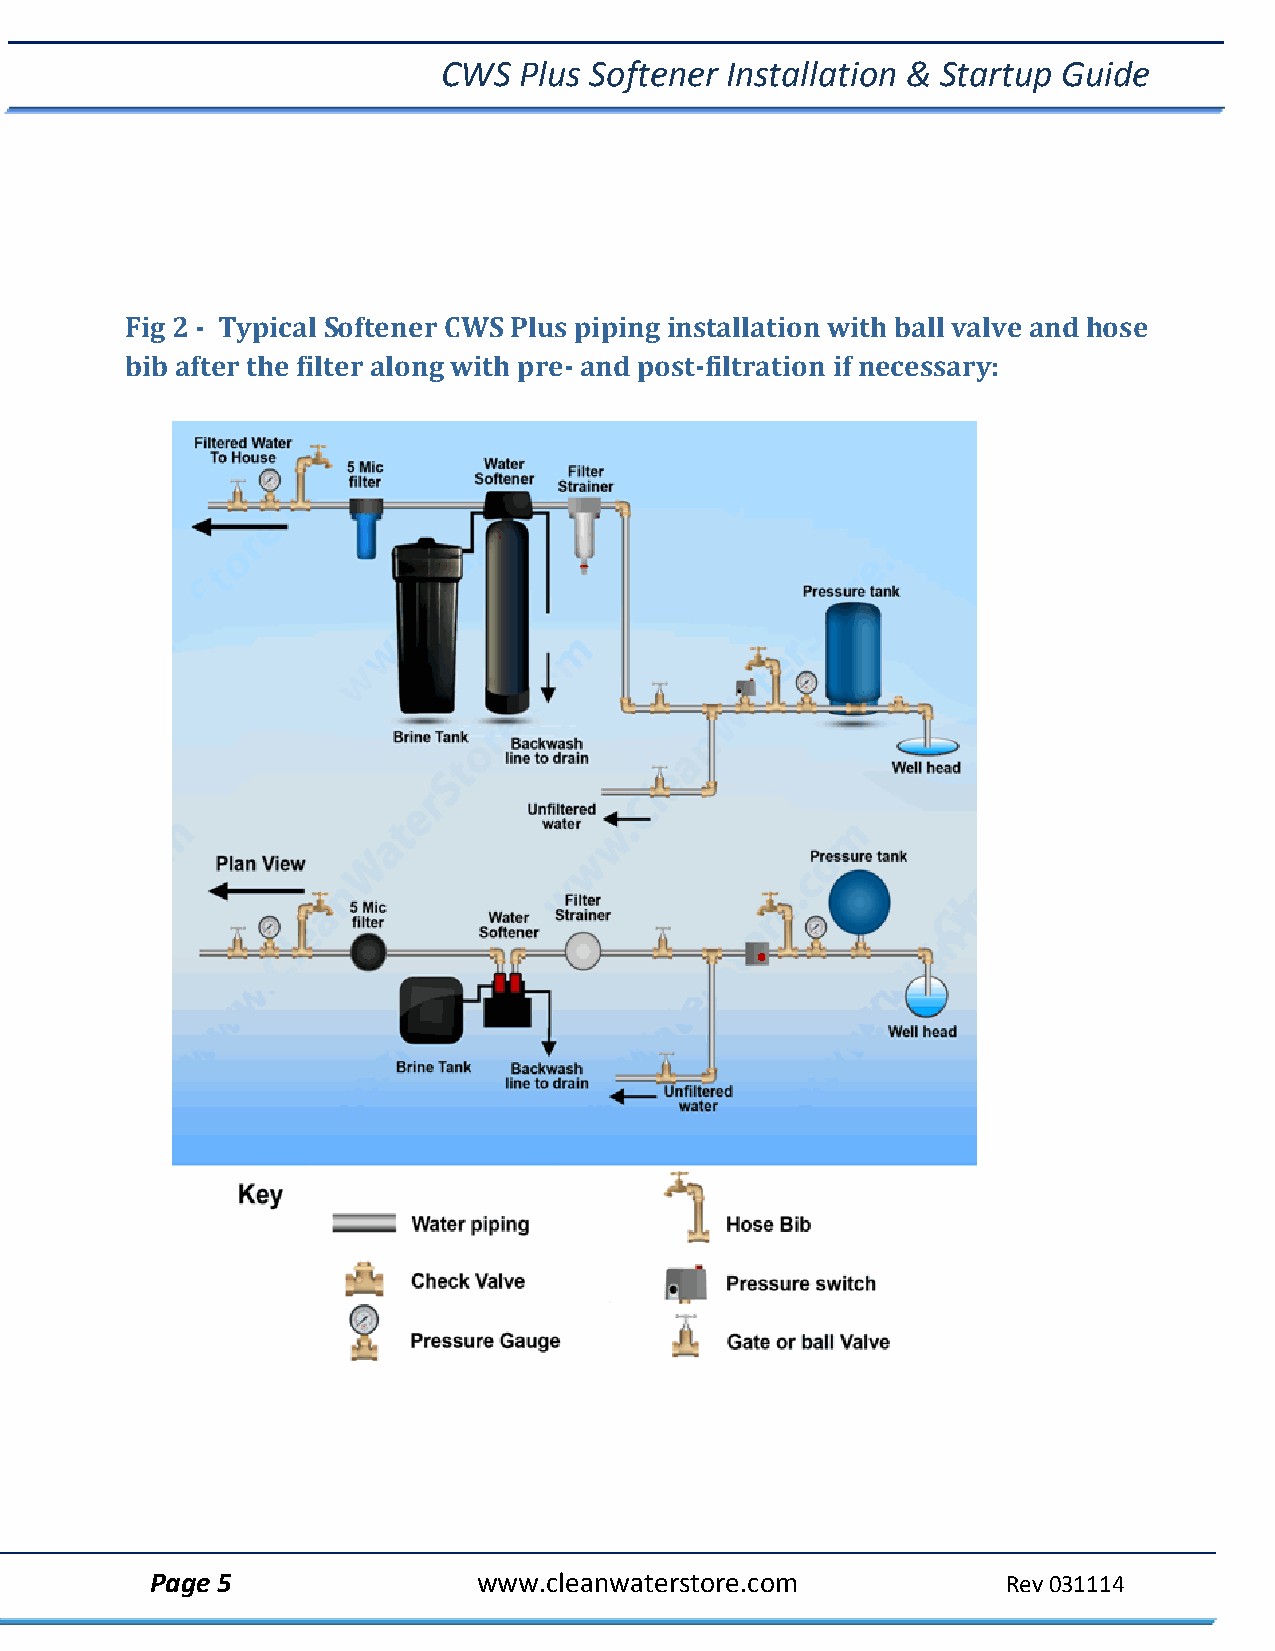
CWS  Plus Softener Installation & Startup Guide
 Fig 2 ‐ Typical Softener CWS Plus piping installation with ball valve and hose
 bib after the filter along with pre‐ and post‐filtration if necessary:
 Page 5                www.cleanwaterstore.com            Rev 031114